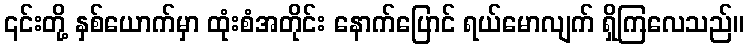
၎င်းတို့ နှစ်ယောက်မှာ ထုံးစံအတိုင်း နောက်ပြောင် ရယ်မောလျက် ရှိကြလေသည်။